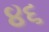
૪૬